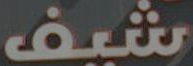
شيف